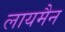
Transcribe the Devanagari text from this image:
लायमैन